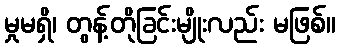
မှုမရှိ၊ တွန့်တိုခြင်းမျိုးလည်း မဖြစ်။